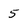
Character: 5